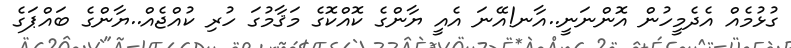
ގުޅުމެއް އެދެމީހުން އޮންނަނީ..އާނ!އޭނަ އެއީ ޔާންގެ ކޮއްކޮގެ މަޤާމުގަ ހުރި ކުއްޖެއް..ޔާންގެ ބައްޕަގެ